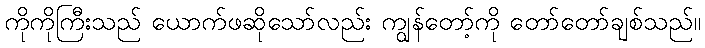
ကိုကိုကြီးသည် ယောက်ဖဆိုသော်လည်း ကျွန်တော့်ကို တော်တော်ချစ်သည်။